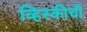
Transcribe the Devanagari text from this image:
व्हिस्कीची